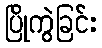
ပြိုကွဲခြင်း